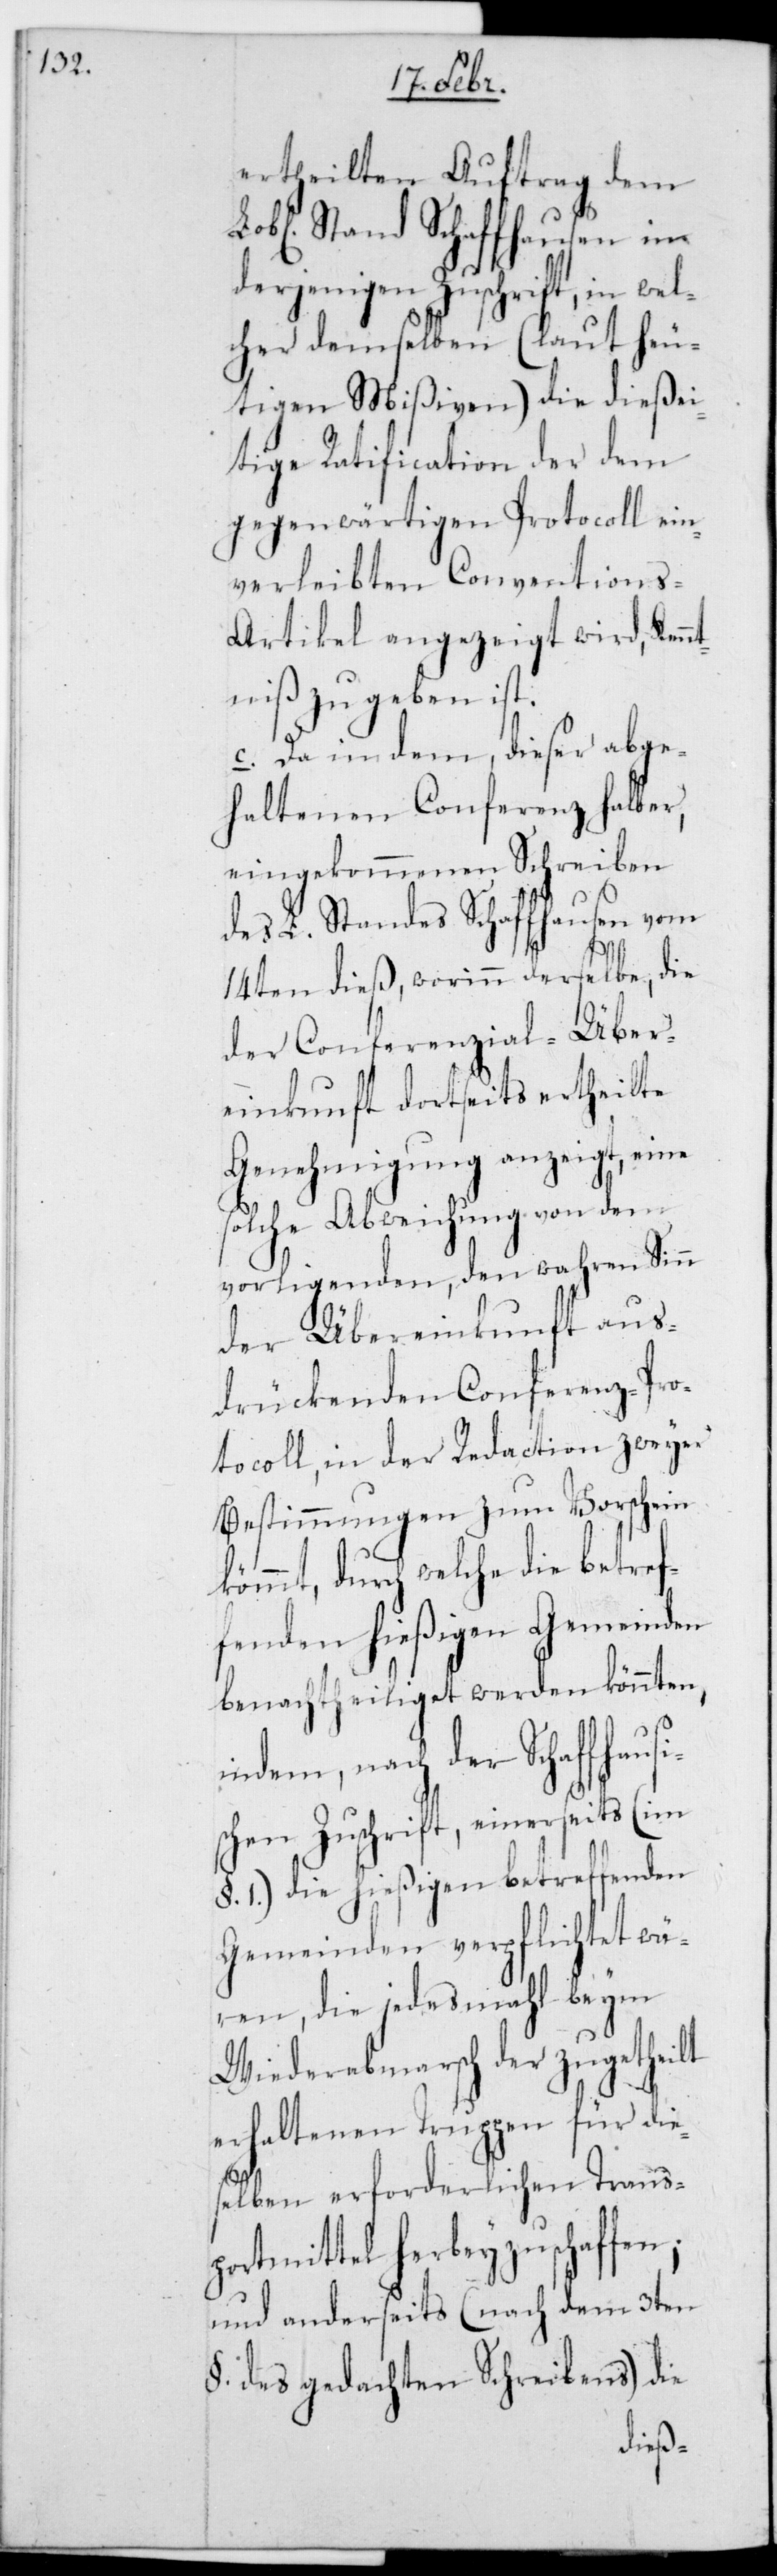
ertheilten Auftrag dem
Lobl. Stand Schaffhausen in
derjenigen Zuschrift, in wel¬
cher demselben (laut heu¬
tigen Mißiven) die dießei¬
tige Ratification der dem
gegenwärtigen Protocoll ein¬
verleibten Conventions-A¬
rtikel angezeigt wird, Ken¬
ntniß zu geben ist.
c. Da in dem, dieser abge¬
haltenen Conferenz halber,
eingekommenen Schreiben
des L. Standes Schaffhausen vom
14ten dieß, worinn derselbe, die
der Conferenzial-Über¬
einkunft dortseits ertheilte
Genehmigung anzeigt, eine
solche Abweichung von dem
vorligenden, den wahren Sinn
der Übereinkunft aus¬
drückenden Conferenz-Pro¬
tocoll, in der Redaction zweyer
Bestimmungen zum Vorschein
kömmt, durch welche die betref¬
fenden hießigen Gemeinden
benachtheiliget werden könnten,
indem, nach der Schaff¬
schen Zuschrift, einerseits (im
§. 1.) die hießigen betreffenden
Gemeinden verpflichtet wä¬
ren, die jedes Mal beym
Wiederabmarsch der zugetheilt
erhaltenen Truppen für dies¬
elben erforderlichen Trans¬
portmittel herbeyzuschaffen;
und anderseits (nach dem 3ten
§. des gedachten Schreibens) die
hausi¬